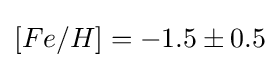
[Fe/H]=-1.5\pm 0.5